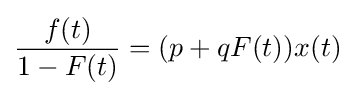
{\frac {f(t)}{1-F(t)}}=(p+{q}F(t))x(t)